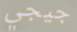
جيجي